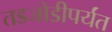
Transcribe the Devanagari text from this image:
तडजोडीपर्यंत